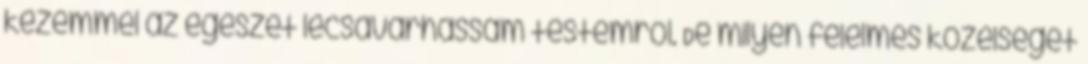
kezemmel az egészet lecsavarhassam testemről. De milyen félelmes közelségét